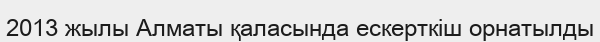
2013 жылы Алматы қаласында ескерткіш орнатылды